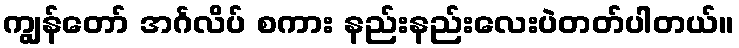
ကျွန်တော် အင်္ဂလိပ် စကား နည်းနည်းလေးပဲတတ်ပါတယ်။